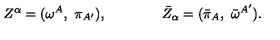
Z ^ { \alpha } = ( \omega ^ { A } , \ \pi _ { A ^ { \prime } } ) , \qquad \qquad { \bar { Z } } _ { \alpha } = ( { \bar { \pi } _ { A } } , \ { \bar { \omega } } ^ { A ^ { \prime } } ) .